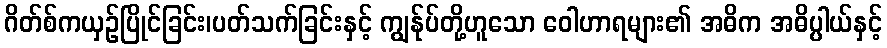
ဂိတ်စ်ကယှဉ်ပြိုင်ခြင်း၊ပတ်သက်ခြင်းနှင့် ကျွန်ုပ်တို့ဟူသော ဝေါဟာရများ၏ အဓိက အဓိပ္ပါယ်နှင့်